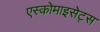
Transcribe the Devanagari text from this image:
एस्कोमाइसेट्स